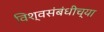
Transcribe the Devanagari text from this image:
विश्वसंबंधीच्या